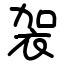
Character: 袈